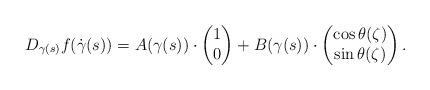
LaTeX: \begin{align*}D_{\gamma(s)}f(\dot\gamma(s))=A(\gamma(s))\cdot\begin{pmatrix}1\\0\end{pmatrix}+B(\gamma(s))\cdot \begin{pmatrix}\cos\theta(\zeta)\\\sin\theta(\zeta)\end{pmatrix}.\end{align*}